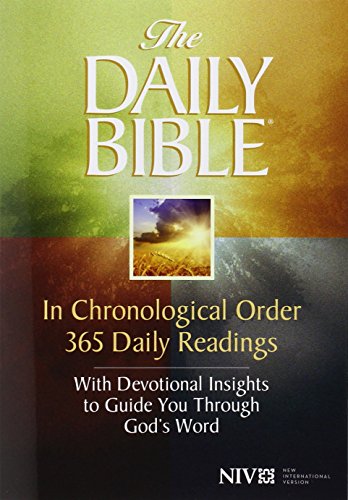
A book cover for The Daily Bible; F. LaGard Smith; Christian Books & Bibles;